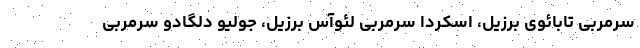
سرمربی تابائوی برزیل، اسکردا سرمربی لئوآس برزیل، جولیو دلگادو سرمربی